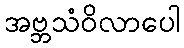
အဗ္ဘသံဝိလာပေါ